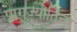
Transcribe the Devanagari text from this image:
प्रागज्योतिच्ह